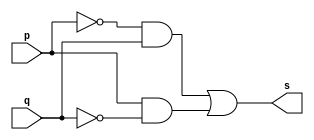
// Exercicio06 - XORexpression
// Nome: Luiz Henrique da Costa Silva

// -- XOR expression gate

module xorexpressiongate (output s, input p, input  q);
	assign s = (~p & q)|(p &~q);
endmodule			//xorexpressiongate

// -- test xor expression gate

module testxorexpressiongate;
					//dados locais

	reg a,b;		//definir registradores
	
	wire s;		//definir conexao (fio)

					//instancia
	xorexpressiongate XOREXPRESSION1 (s, a, b);
					//preparacao
	initial begin:start
		a=0; b=0;
	end
					//parte principal
					
	initial begin: main
		$display("Exercicio 06 - Luiz Henrique da Costa Silva - 449800");
		$display("Test XOR expression gate:");
		$display("\n (~a & b)|(a &~b) = s\n");
		$monitor("%b | %b = %b", a, b, s);
		#1 a = 0; b = 0;
		#1 a = 0; b = 1;
		#1 a = 1; b = 0;
		#1 a = 1; b = 1;
	
	end
endmodule //testorgate